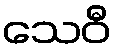
သေဝီ